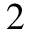
2